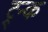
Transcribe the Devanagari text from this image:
ट्र्न्क